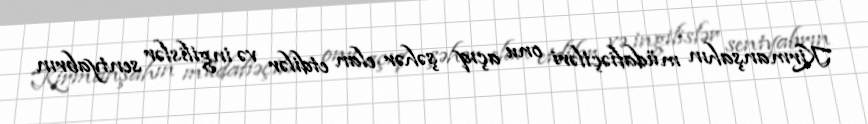
Kirmanşahın müdafiəçiləri onu açıq şəhər elan etdilər və ingilislər sentyabrın